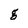
Character: z